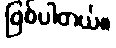
ဖြစ်ပါတယ်။